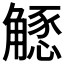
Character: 𧤶